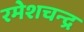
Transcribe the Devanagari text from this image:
रमेशचन्‍द्र